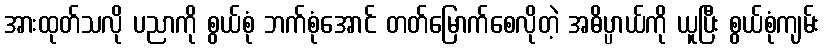
အားထုတ်သလို ပညာကို စွယ်စုံ ဘက်စုံအောင် တတ်မြောက်စေလိုတဲ့ အဓိပ္ပာယ်ကို ယူပြီး စွယ်စုံကျမ်း